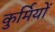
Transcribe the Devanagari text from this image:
कुर्मियों